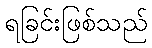
ရခြင်းဖြစ်သည်